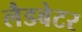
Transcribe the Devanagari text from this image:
लैडबेटर